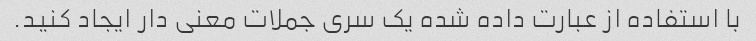
با استفاده از عبارت داده شده یک سری جملات معنی دار ایجاد کنید.